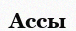
Ассы